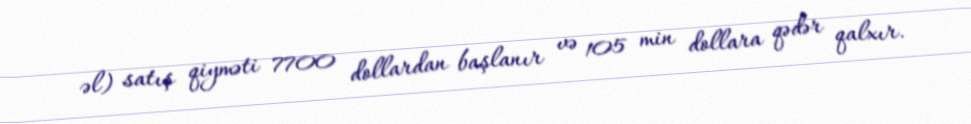
əl) satış qiyməti 7700 dollardan başlanır və 105 min dollara qədər qalxır.